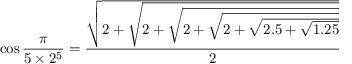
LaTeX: \cos { \frac { \pi } { 5 \times 2 ^ { 5 } } } = { \frac { \sqrt { 2 + { \sqrt { 2 + { \sqrt { 2 + { \sqrt { 2 + { \sqrt { 2 . 5 + { \sqrt { 1 . 2 5 } } } } } } } } } } } } { 2 } }